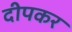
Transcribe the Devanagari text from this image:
दीपकर